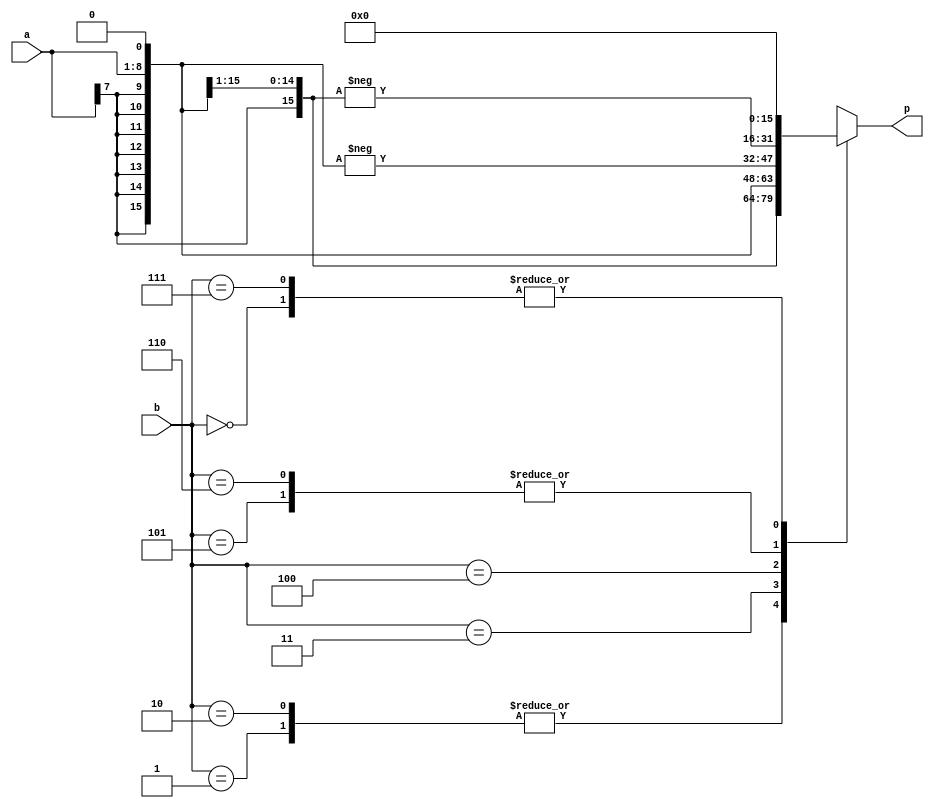
//Booth encoder module

 `timescale 1ns / 1ps
 `define width 8
module Booth_Encoder(a, b, p);
	input [`width-1:0] a;
	input [2:0] b;
	output [15:0] p;
reg [`width-1:0]acom;
	reg  [15:0] mult;
reg [15:0] p;
always@(b) begin
mult = {{`width{a[`width-1]}},a};
case(b)
 0: p = 0 ; 
//p={{`width{a[`width-1]}},a}; // sign extended a


 1: p = mult ; 
//p={{`width{a[`width-1]}},a}; // sign extended a


 2: p = mult ; 
//p={{`width{a[`width-1]}},a};


 3: p = (mult<<1) ; 
//p={{`width{a[`width-1]}},a};
//p=p<<1;


 4: p = -(mult<<1) ; 
//acom=-a+1;
//p={{`width{acom[`width-1]}},acom};

// p+=1;
//p=p<<1;

 5: p = -mult ; 
//acom=-a+1;
//p={{`width{acom[`width-1]}},acom};
// p+=1;


 6: p = -mult ; 
//acom=-a+1;
//p={{`width{acom[`width-1]}},acom};
//p+=1;

 7: p = 0 ;
//p={{`width{a[`width-1]}},a}; // sign extended a


default:p=0;
endcase
end
endmodule
//Booth multiplier module
	`timescale 1ns / 1ps
	`define width 8
module Booth_multiplier(a,b,prod);
	input [`width-1:0] a;
	input [`width-1:0] b;
	output [15:0] prod;
wire [15:0] p5,p6,p7,p8,p9;
wire [15:0] prod;
//partial products

 Booth_Encoder U0(a, {b[1:0],1'b0},p5);
 Booth_Encoder U1(a, b[3:1], p6);
 Booth_Encoder U2(a, b[5:3], p7);
 Booth_Encoder U3(a, b[7:5], p8);
 //Booth_Encoder U4(a, {2'b0,b[7]}, p9);
	assign prod = p5+(p6<<2)+(p7<<4)+(p8<<6);

endmodule